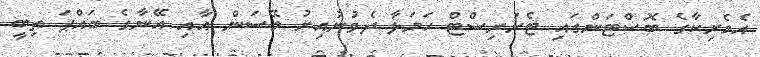
އެމެރިކާގެ ބޮސްޓަންގައި ޓެރަރިސްޓް ހަމަލާ ދެވުނުއިރު މޭސަން އާއި އޭނާގެ ބައްޕަ ތިބީ